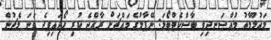
މައުލޫމާތު މުއްސަނދިވި ބާސްކެޓްބޯޅަ: ނޭޕާލުގެ މައްޗަށް ރާއްޖެ ކުރި ހޯދައިފިދެ ވަނަ މެޗުން